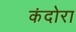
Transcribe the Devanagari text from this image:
कंदोरा